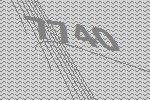
7740